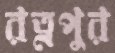
রত্নপুর